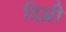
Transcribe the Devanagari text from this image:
दिम्री